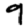
Digit: 9